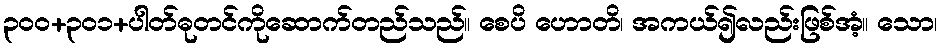
၃၀၀+၃၀၁+ပါတ်ဓုတင်ကိုဆောက်တည်သည်။ စေပိ ဟောတိ၊ အကယ်၍လည်းဖြစ်အံ့။ သော၊